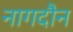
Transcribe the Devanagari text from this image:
नागदौन